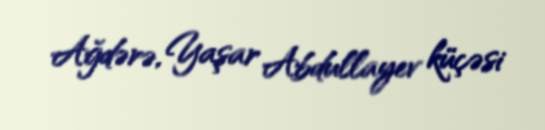
Ağdərə, Yaşar Abdullayev küçəsi